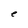
Character: e